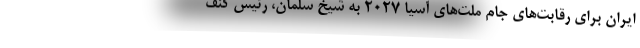
ایران برای رقابت‌های جام ملت‌های آسیا ۲۰۲۷ به شیخ سلمان، رئیس کنف